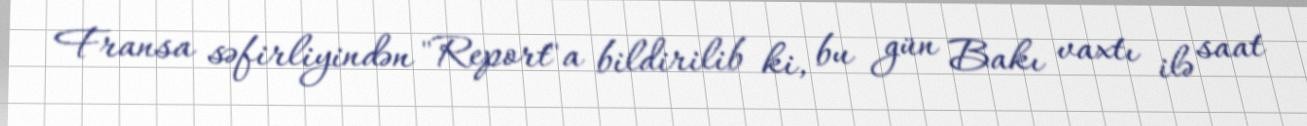
Fransa səfirliyindən "Report"a bildirilib ki, bu gün Bakı vaxtı ilə saat